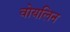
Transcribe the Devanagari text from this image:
वोयलिन